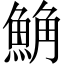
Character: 𩷛